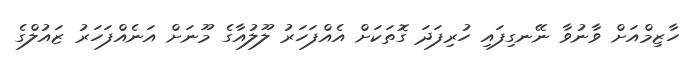
ހާޒިމްއަށް ވާނުވާ ނޭނގިފައި ހުރިފަދަ ގޮތަކަށް އެއްފަހަރު ލޫލުއާގެ މޫނަށް އަނެއްފަހަރު ޒައުލްގެ